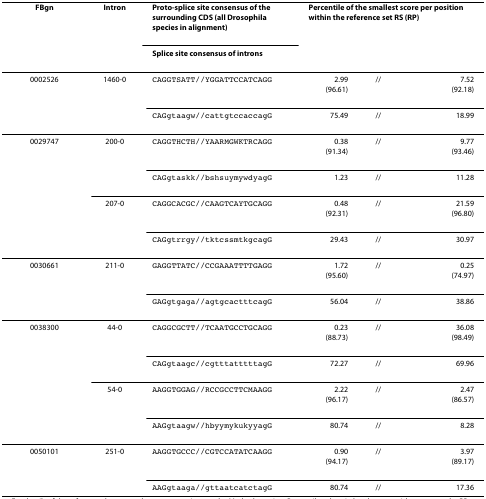
<table><thead><tr><td><b>FBgn</b></td><td><b>Intron</b></td><td><b>Proto-splice site consensus of the surrounding CDS (all Drosophila species in alignment)</b></td><td colspan="3"><b>Percentile of the smallest score per position within the reference set RS (RP)</b></td></tr><tr><td></td><td></td><td><b>Splice site consensus of introns</b></td><td></td><td></td><td></td></tr></thead><tbody><tr><td>0002526</td><td>1460-0</td><td>CAGGTSATT//YGGATTCCATCAGG</td><td>2.99(96.61)</td><td>//</td><td>7.52(92.18)</td></tr><tr><td></td><td></td><td>CAGgtaagw//cattgtccaccagG</td><td>75.49</td><td>//</td><td>18.99</td></tr><tr><td>0029747</td><td>200-0</td><td>CAGGTHCTH//YAARMGWKTRCAGG</td><td>0.38(91.34)</td><td>//</td><td>9.77(93.46)</td></tr><tr><td></td><td></td><td>CAGgtaskk//bshsuymywdyagG</td><td>1.23</td><td>//</td><td>11.28</td></tr><tr><td></td><td>207-0</td><td>CAGGCACGC//CAAGTCAYTGCAGG</td><td>0.48(92.31)</td><td>//</td><td>21.59(96.80)</td></tr><tr><td></td><td></td><td>CAGgtrrgy//tktcssmtkgcagG</td><td>29.43</td><td>//</td><td>30.97</td></tr><tr><td>0030661</td><td>211-0</td><td>GAGGTTATC//CCGAAATTTTGAGG</td><td>1.72(95.60)</td><td>//</td><td>0.25(74.97)</td></tr><tr><td></td><td></td><td>GAGgtgaga//agtgcactttcagG</td><td>56.04</td><td>//</td><td>38.86</td></tr><tr><td>0038300</td><td>44-0</td><td>CAGGCGCTT//TCAATGCCTGCAGG</td><td>0.23(88.73)</td><td>//</td><td>36.08(98.49)</td></tr><tr><td></td><td></td><td>CAGgtaagc//cgtttatttttagG</td><td>72.27</td><td>//</td><td>69.96</td></tr><tr><td></td><td>54-0</td><td>AAGGTGGAG//RCCGCCTTCMAAGG</td><td>2.22(96.17)</td><td>//</td><td>2.47(86.57)</td></tr><tr><td></td><td></td><td>AAGgtaagw//hbyymykukyyagG</td><td>80.74</td><td>//</td><td>8.28</td></tr><tr><td>0050101</td><td>251-0</td><td>AAGGTGCCC//CGTCCATATCAAGG</td><td>0.90(94.17)</td><td>//</td><td>3.97(89.17)</td></tr><tr><td></td><td></td><td>AAGgtaaga//gttaatcatctagG</td><td>80.74</td><td>//</td><td>17.36</td></tr></tbody></table>